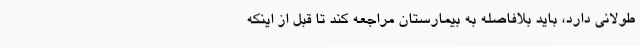
طولانی دارد، باید بلافاصله به بیمارستان مراجعه کند تا قبل از اینکه